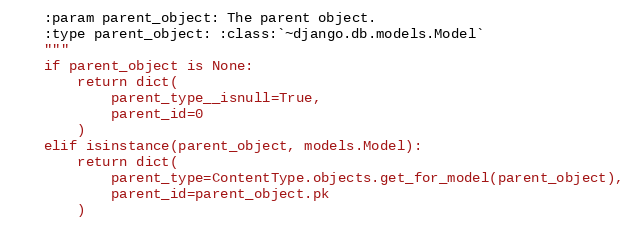
Language: Python
    :param parent_object: The parent object.
    :type parent_object: :class:`~django.db.models.Model`
    """
    if parent_object is None:
        return dict(
            parent_type__isnull=True,
            parent_id=0
        )
    elif isinstance(parent_object, models.Model):
        return dict(
            parent_type=ContentType.objects.get_for_model(parent_object),
            parent_id=parent_object.pk
        )